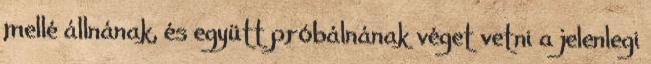
mellé állnának, és együtt próbálnának véget vetni a jelenlegi